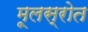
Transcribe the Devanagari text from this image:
मूलस्रोत